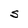
Character: S